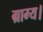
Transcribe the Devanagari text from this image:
ग्राम्य।